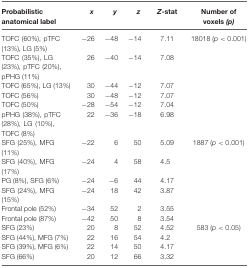
| Probabilistic anatomical label | x | y | z | Z-stat | Number of voxels (p) |
 | --- | --- | --- | --- | --- | --- |
 | TOFC (60%), pTFC (13%), LG (5%) | −26 | −48 | −14 | 7.11 | 18018 (p < 0.001) |
 | TOFC (35%), LG (23%), pTFC (20%), pPHG (11%) | 26 | −40 | −14 | 7.08 |  |
 | TOFC (65%), LG (13%) | 30 | −44 | −12 | 7.07 |  |
 | TOFC (56%) | 30 | −48 | −12 | 7.07 |  |
 | TOFC (50%) | −28 | −54 | −12 | 7.04 |  |
 | pPHG (38%), pTFC (28%), LG (10%), TOFC (8%) | 22 | −36 | −18 | 6.98 |  |
 | SFG (25%), MFG (11%) | −22 | 6 | 50 | 5.09 | 1887 (p < 0.001) |
 | SFG (40%), MFG (17%) | −24 | 4 | 58 | 4.5 |  |
 | PG (8%), SFG (6%) | −24 | −6 | 44 | 4.17 |  |
 | SFG (24%), MFG (15%) | −24 | 18 | 42 | 3.87 |  |
 | Frontal pole (52%) | −34 | 52 | 2 | 3.55 |  |
 | Frontal pole (87%) | −42 | 50 | 8 | 3.54 |  |
 | SFG (23%) | 20 | 8 | 52 | 4.52 | 583 (p < 0.05) |
 | SFG (44%), MFG (7%) | 22 | 16 | 54 | 4.2 |  |
 | SFG (39%), MFG (6%) | 22 | 14 | 50 | 4.17 |  |
 | SFG (66%) | 20 | 12 | 66 | 3.32 |  |